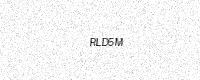
Text: RLD5M